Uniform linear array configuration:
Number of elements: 16
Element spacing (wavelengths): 0.75
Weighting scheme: blackman
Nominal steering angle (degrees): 60
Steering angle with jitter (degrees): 61.538
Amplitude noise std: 0.05
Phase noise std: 0.05

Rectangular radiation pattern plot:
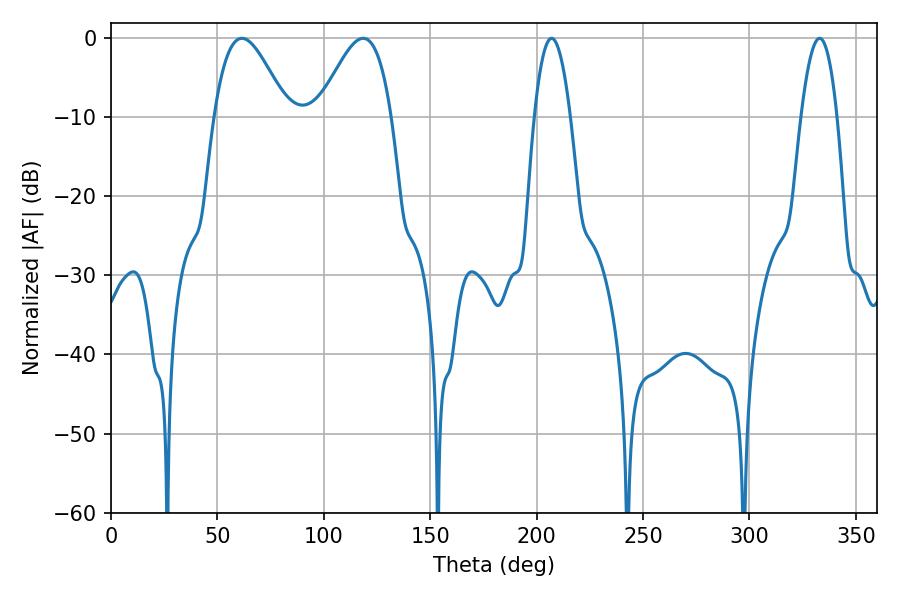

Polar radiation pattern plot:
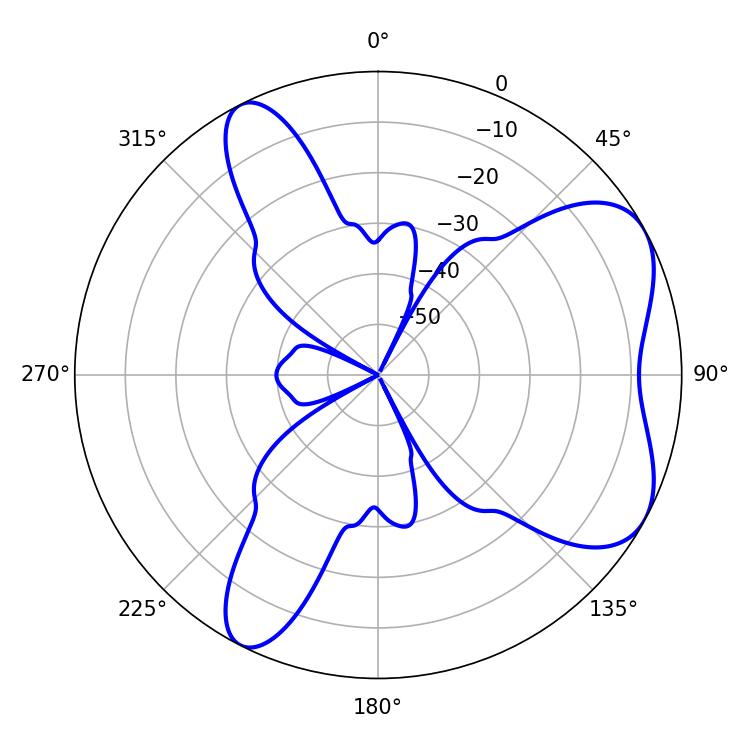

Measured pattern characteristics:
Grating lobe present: TRUE
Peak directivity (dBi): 6.057
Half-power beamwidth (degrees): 18.36
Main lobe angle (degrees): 61.56